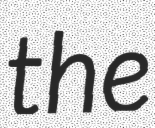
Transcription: the